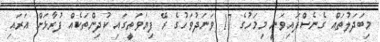
މިބަދަލުތައް ގެނެސްފައިވަނީ މިމަހުގެ 17 ވަނަދުވަހުގެ ރޭ ފިޔަވަތީގައި ކުދިންތަކެއް ފުރާޅަށް އަރައި